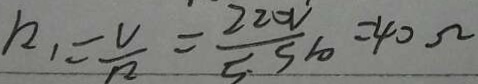
R _ { 1 } = \frac { V } { R } = \frac { 2 2 0 V } { 5 . 5 1 0 } = 4 0 \Omega